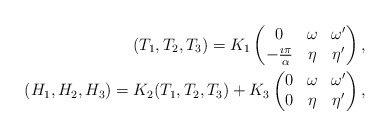
\begin{align*} (T_1,T_2,T_3) = K_1 \begin{pmatrix} 0 & \omega & \omega' \\ -\frac{\imath \pi}{\alpha} & \eta & \eta' \end{pmatrix}, \\ (H_1,H_2,H_3) = K_2 (T_1,T_2,T_3) + K_3 \begin{pmatrix} 0 & \omega & \omega' \\ 0 & \eta & \eta' \end{pmatrix}, \end{align*}